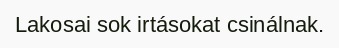
Lakosai sok irtásokat csinálnak.